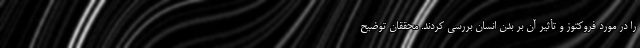
را در مورد فروکتوز و تأثیر آن بر بدن انسان بررسی کردند. محققان توضیح